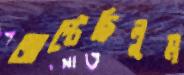
জাপ্‌টেছিলুম